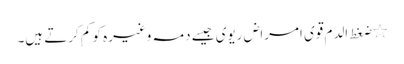
٭ضغط الدم قوی امراض ریوی جیسے دمہ وغیرہ کو کم کرتے ہیں۔